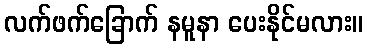
လက်ဖက်ခြောက် နမူနာ ပေးနိုင်မလား။